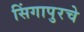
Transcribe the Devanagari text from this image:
सिंगापुरचे